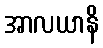
အာလယာနိ